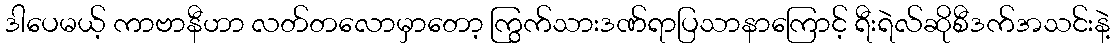
ဒါပေမယ့် ကာဗာနီဟာ လတ်တလောမှာတော့ ကြွက်သားဒဏ်ရာပြသာနာကြောင့် ရီးရဲလ်ဆိုစီဒက်အသင်းနဲ့